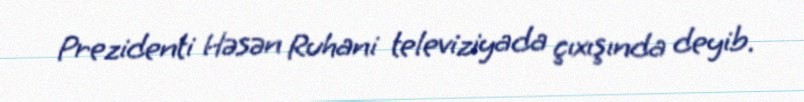
Prezidenti Həsən Ruhani televiziyada çıxışında deyib.